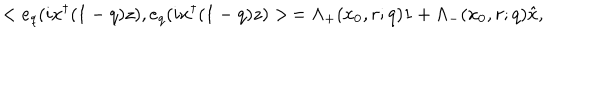
LaTeX: < e _ { q } ( i x ^ { \dagger } ( 1 - q ) z ) , e _ { q } ( i x ^ { \dagger } ( 1 - q ) z ) > \, = \Lambda _ { + } ( x _ { 0 } , r ; q ) 1 + \Lambda _ { - } ( x _ { 0 } , r ; q ) \hat { x } ,